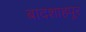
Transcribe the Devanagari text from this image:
बादशाहपूर